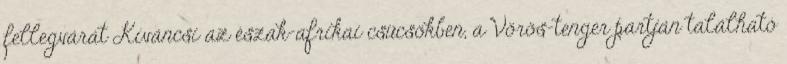
fellegvárát Kíváncsi az észak-afrikai csücsökben, a Vörös-tenger partján található